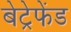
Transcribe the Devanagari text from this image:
बेट्रेफेंड